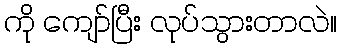
ကို ကျော်ပြီး လုပ်သွားတာလဲ။